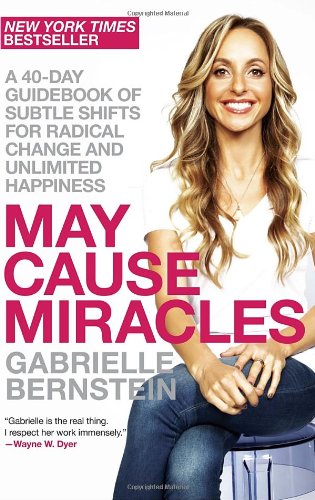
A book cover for May Cause Miracles: A 40-Day Guidebook of Subtle Shifts for Radical Change and Unlimited Happiness; Gabrielle Bernstein; Religion & Spirituality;